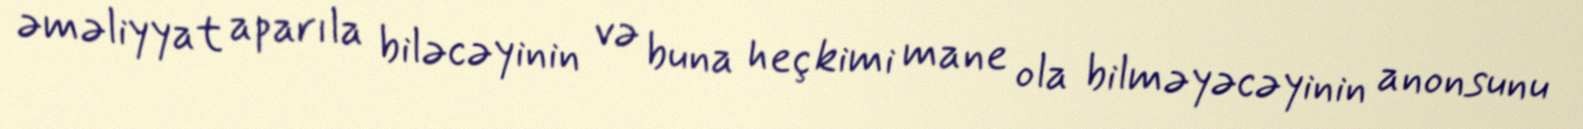
əməliyyat aparıla biləcəyinin və buna heç kimi mane ola bilməyəcəyinin anonsunu